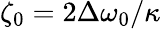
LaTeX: \zeta_{0}=2\Delta\omega_{0}/\kappa